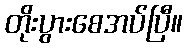
တိုးပွားစေအပ်ပြီ။